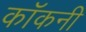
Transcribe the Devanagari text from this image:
कॉकनी